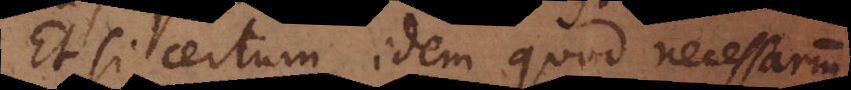
Et si certum idem quod necessarium